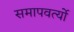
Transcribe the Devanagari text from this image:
समापवर्त्यो